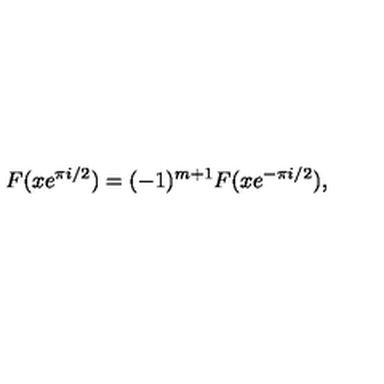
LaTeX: F ( x e ^ { \pi i / 2 } ) = ( - 1 ) ^ { m + 1 } F ( x e ^ { - \pi i / 2 } ) ,